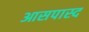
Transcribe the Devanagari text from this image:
आसपास्द